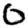
Digit: 0